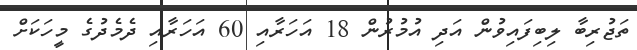
ތަޖުރިބާ ލިބިފައިވުން އަދި އުމުރުން 18 އަހަރާއި 60 އަހަރާއި ދެމެދުގެ މީހަކަށް